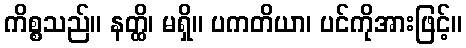
ကိစ္စသည်။ နတ္ထိ၊ မရှိ။ ပကတိယာ၊ ပင်ကိုအားဖြင့်။